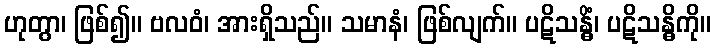
ဟုတွာ၊ ဖြစ်၍။ ဗလဝံ၊ အားရှိသည်။ သမာနံ၊ ဖြစ်လျက်။ ပဋိသန္ဓိံ၊ ပဋိသန္ဓိကို။